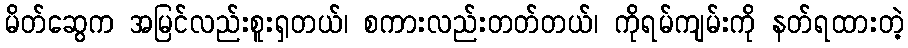
မိတ်ဆွေက အမြင်လည်းစူးရှတယ်၊ စကားလည်းတတ်တယ်၊ ကိုရမ်ကျမ်းကို နတ်ရထားတဲ့